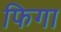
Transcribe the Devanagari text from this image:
फिगा